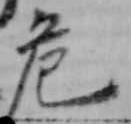
危